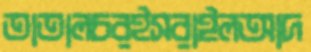
তাতালচরইসরাঈলআদ